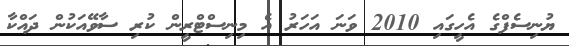
ޔުނިސެފްގެ އެހީގައި 2010 ވަނަ އަހަރު އެ މިނިސްޓްރީން ކުރި ސާވޭއަކުން ދައްކާ